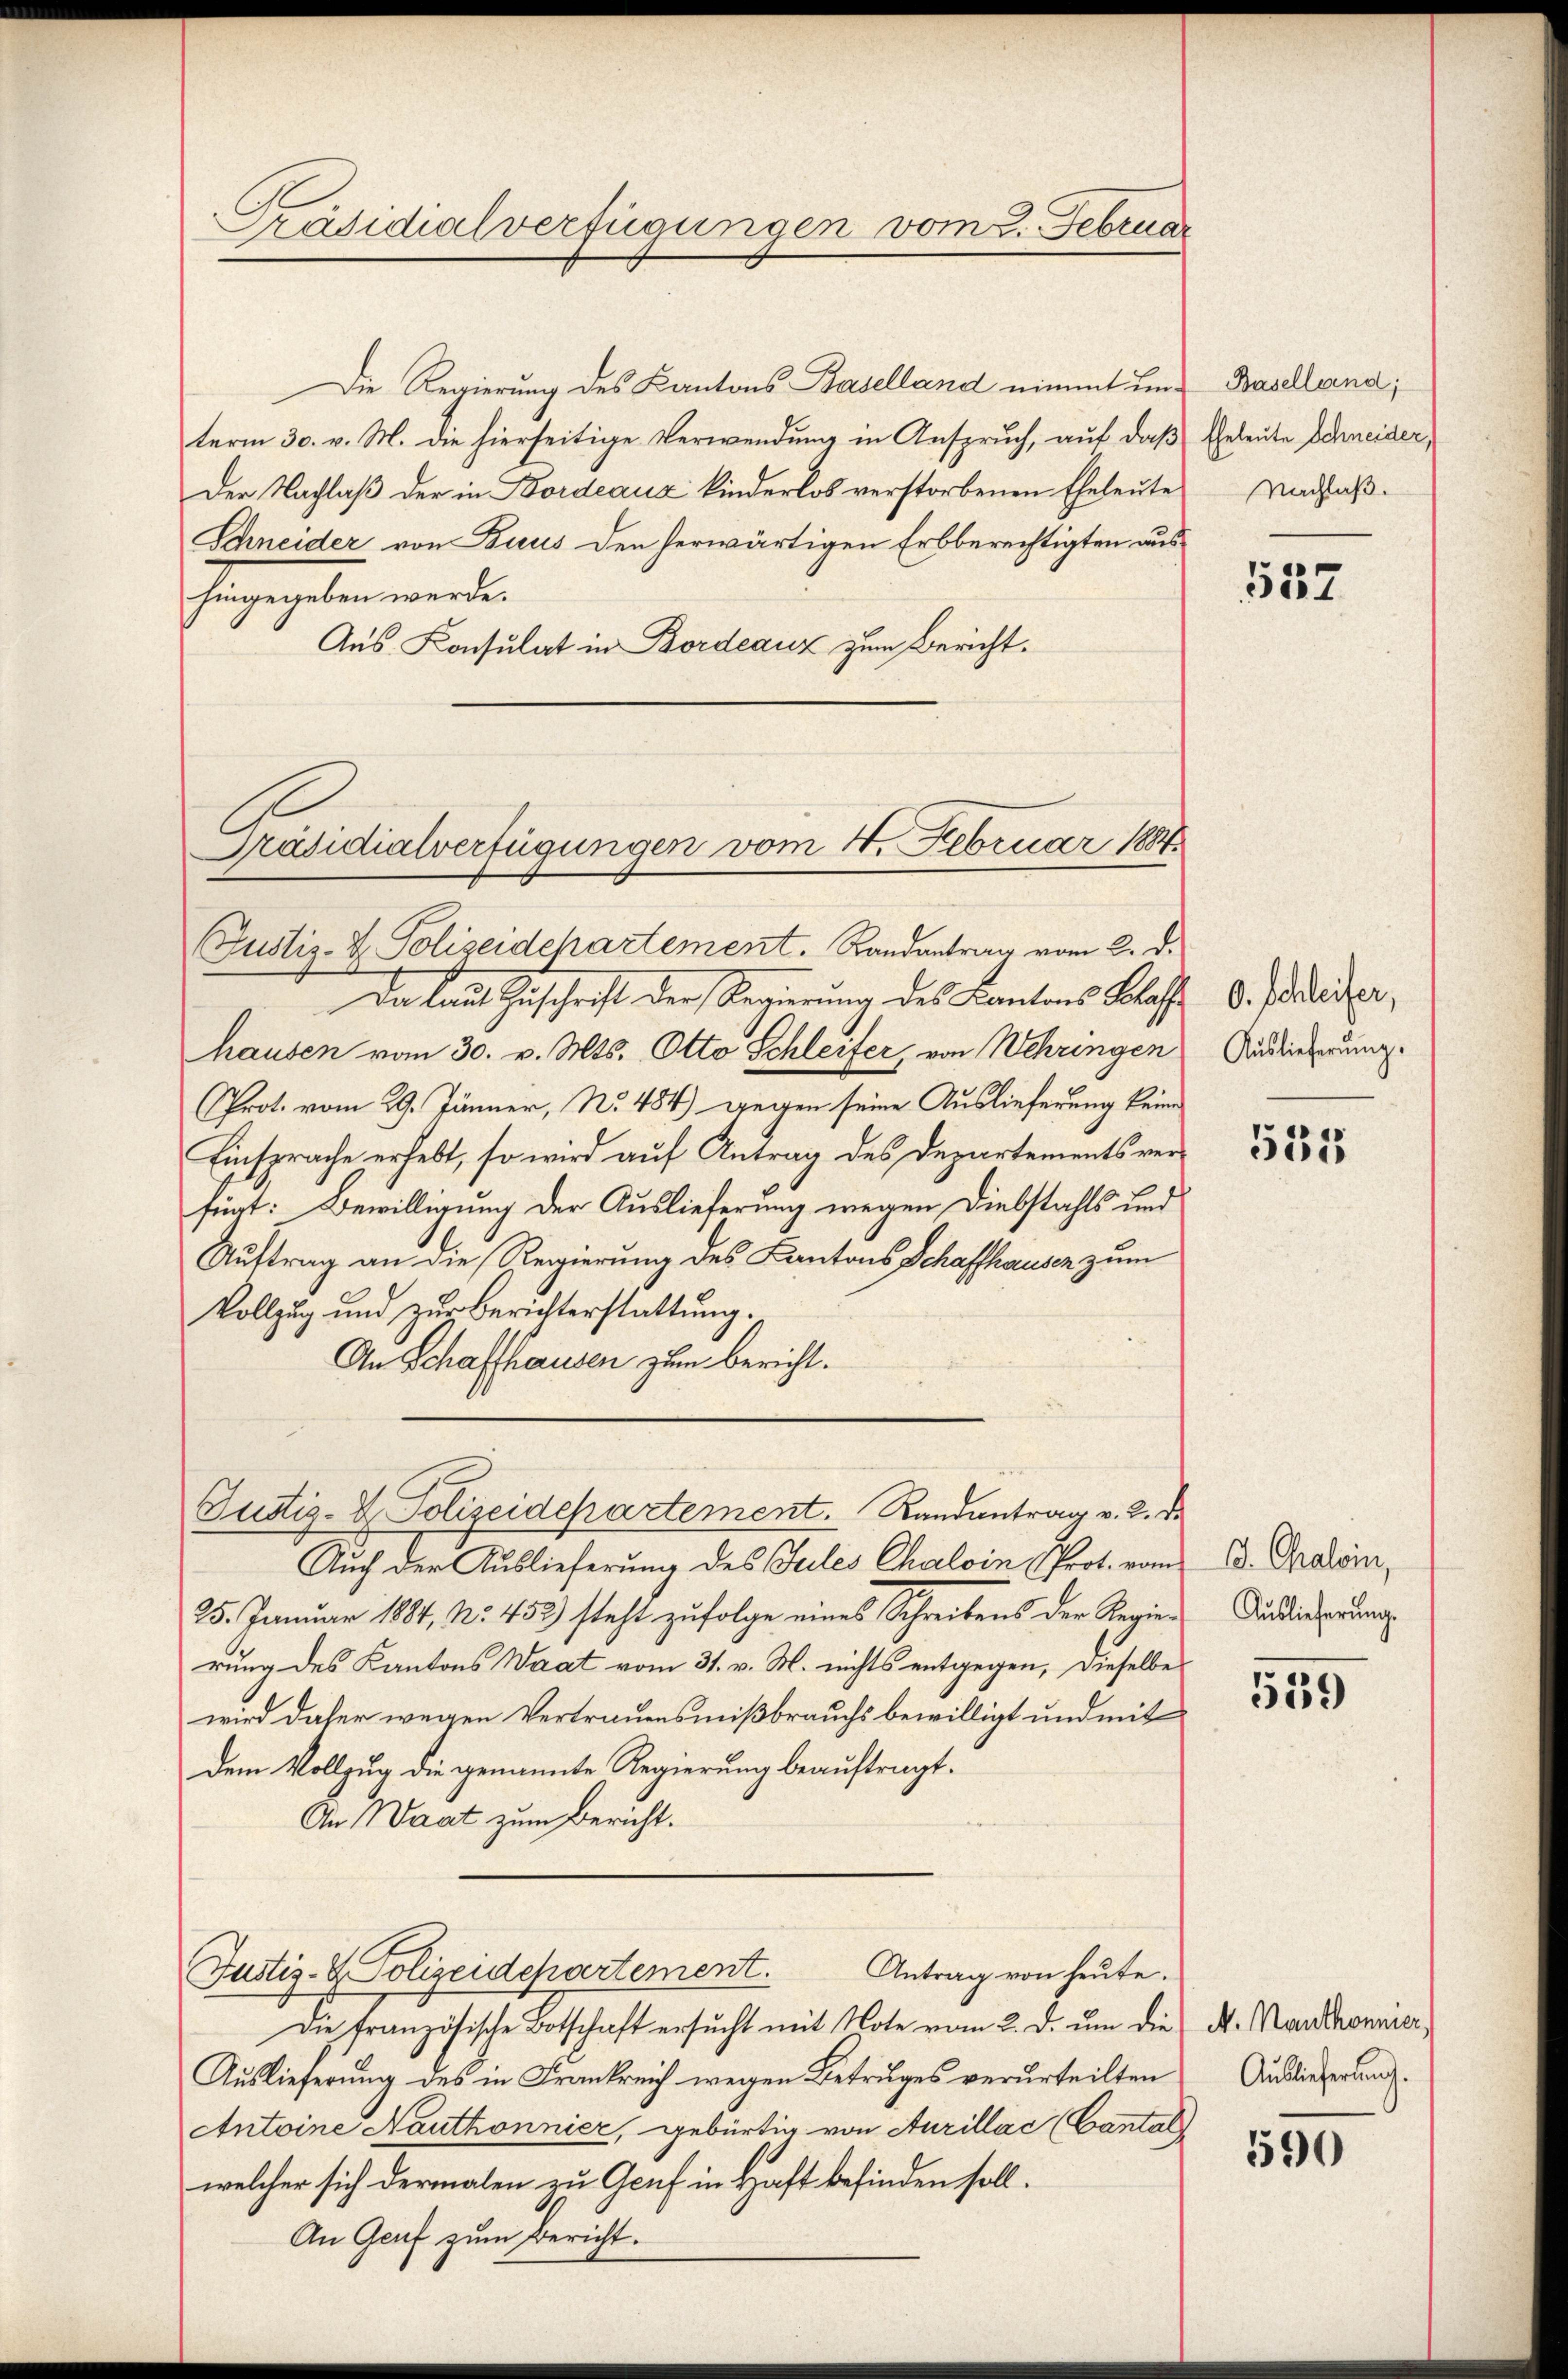
Die Regierung des Kantons Baselland nimmt um Baselland;
term 30. v. M. die hierseitige Verwendung in Anspruch, auf das Eheleute Schneider,
Der Nachlaβ der in Bordeaux kinderlos verstorbenen Eheleŭte verlaß¬
Schneider von Baus den herwärtigen Erbberechtigten aus¬
Gagegeben werden
Aus Konsulat in Bordeauz zum Bericht.
Präsidialverfügungen vom 4. Februar 1884

Präsidialverfügungen vom 2. Februar

Justiz- & Polizeidepartement. Randantrag vom 2. d.

Da laut Zuschrift der Regierung des Kantons Blaff
hausen vom 30. v. Mts. Otto Schleifer, von Wehringen
Prot. vom 29. Jänner, No. 484) gegen seine Auslieferung keine
Einsprache erhebt, so wird auf Antrag des Departements verfügt: Bewilligung der Auslieferung wegen Diebstahls und
Auftrag an die Regierung des Kantons Schaffhausen zum
Vollzug und zur Berichterstattung.
An Schaffhausen zum Bericht.

Justiz- & Polizeidepartement. Randantrag v. 2. De

Auch der Auslieferung des Jules Chalein Prot. vom
25. Januar 1881, No. 452) steht zufolge eines Schreibens der Regierung des Kantons Waat vom 31. v. M. nichts entgegen, dieselbe
wird daher wegen Vertrauensmißbrauchs bewilligt und mit
dem Vollzug die genannte Regierung beauftragt.
An Waat zum Bericht.
Justiz- & Polizeidepartement. Antrag von heute.
Die französische Botschaft ersŭcht mit Note vom 2. d. ŭm die d. Manthonier,
Auslieferung des in Frankreich wegen Betruges verurteilten
Antoine Nauthonnier, gebürtig von Aurillac (Cantal
welcher sich dermalen zu Genf in Haft befinden soll.
An Genf zum Bericht.

557

0. Schleifer,
Auslieferung.

535

D. Chalein,
Auslieferung.

539

Auslieferung.

590